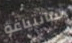
سانتياغو